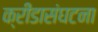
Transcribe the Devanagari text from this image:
क्रीडासंघटना